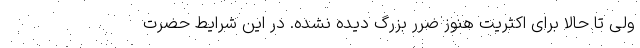
ولی تا حالا برای اکثریت هنوز ضرر بزرگ دیده نشده. در این شرایط حضرت